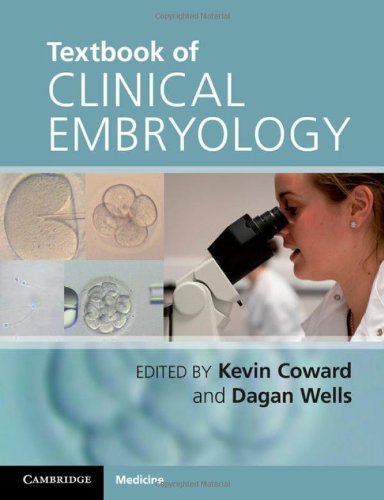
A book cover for Textbook of Clinical Embryology; Medical Books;